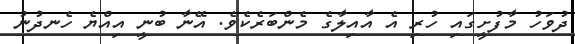
ދުވަހު މާފުށީގައި ހުރި އެ އާއިލާގެ މެންބަރެކެވެ. އޭނާ ބުނީ އިއްޔެ ހެނދުނު